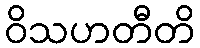
ဝိသဟတီတိ